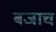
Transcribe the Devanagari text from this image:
बजाच